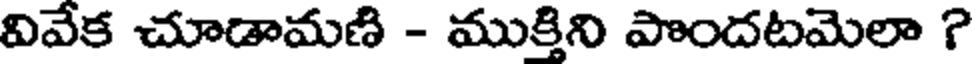
వివేక చూడామణి - ముక్తిని పొందటమెలా ?